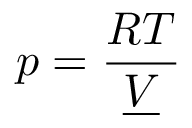
p = { \frac { R T } { \underline { { V } } } }